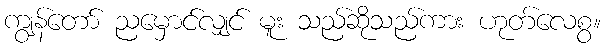
ကျွန်တော် ညမှောင်လျှင် မူး သည်ဆိုသည်ကား ဟုတ်လေစွ။